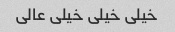
خیلی خیلی خیلی عالی